65_HS1-834228961_62-HQ-83894_Section_5
Agency: FBI
Page 98
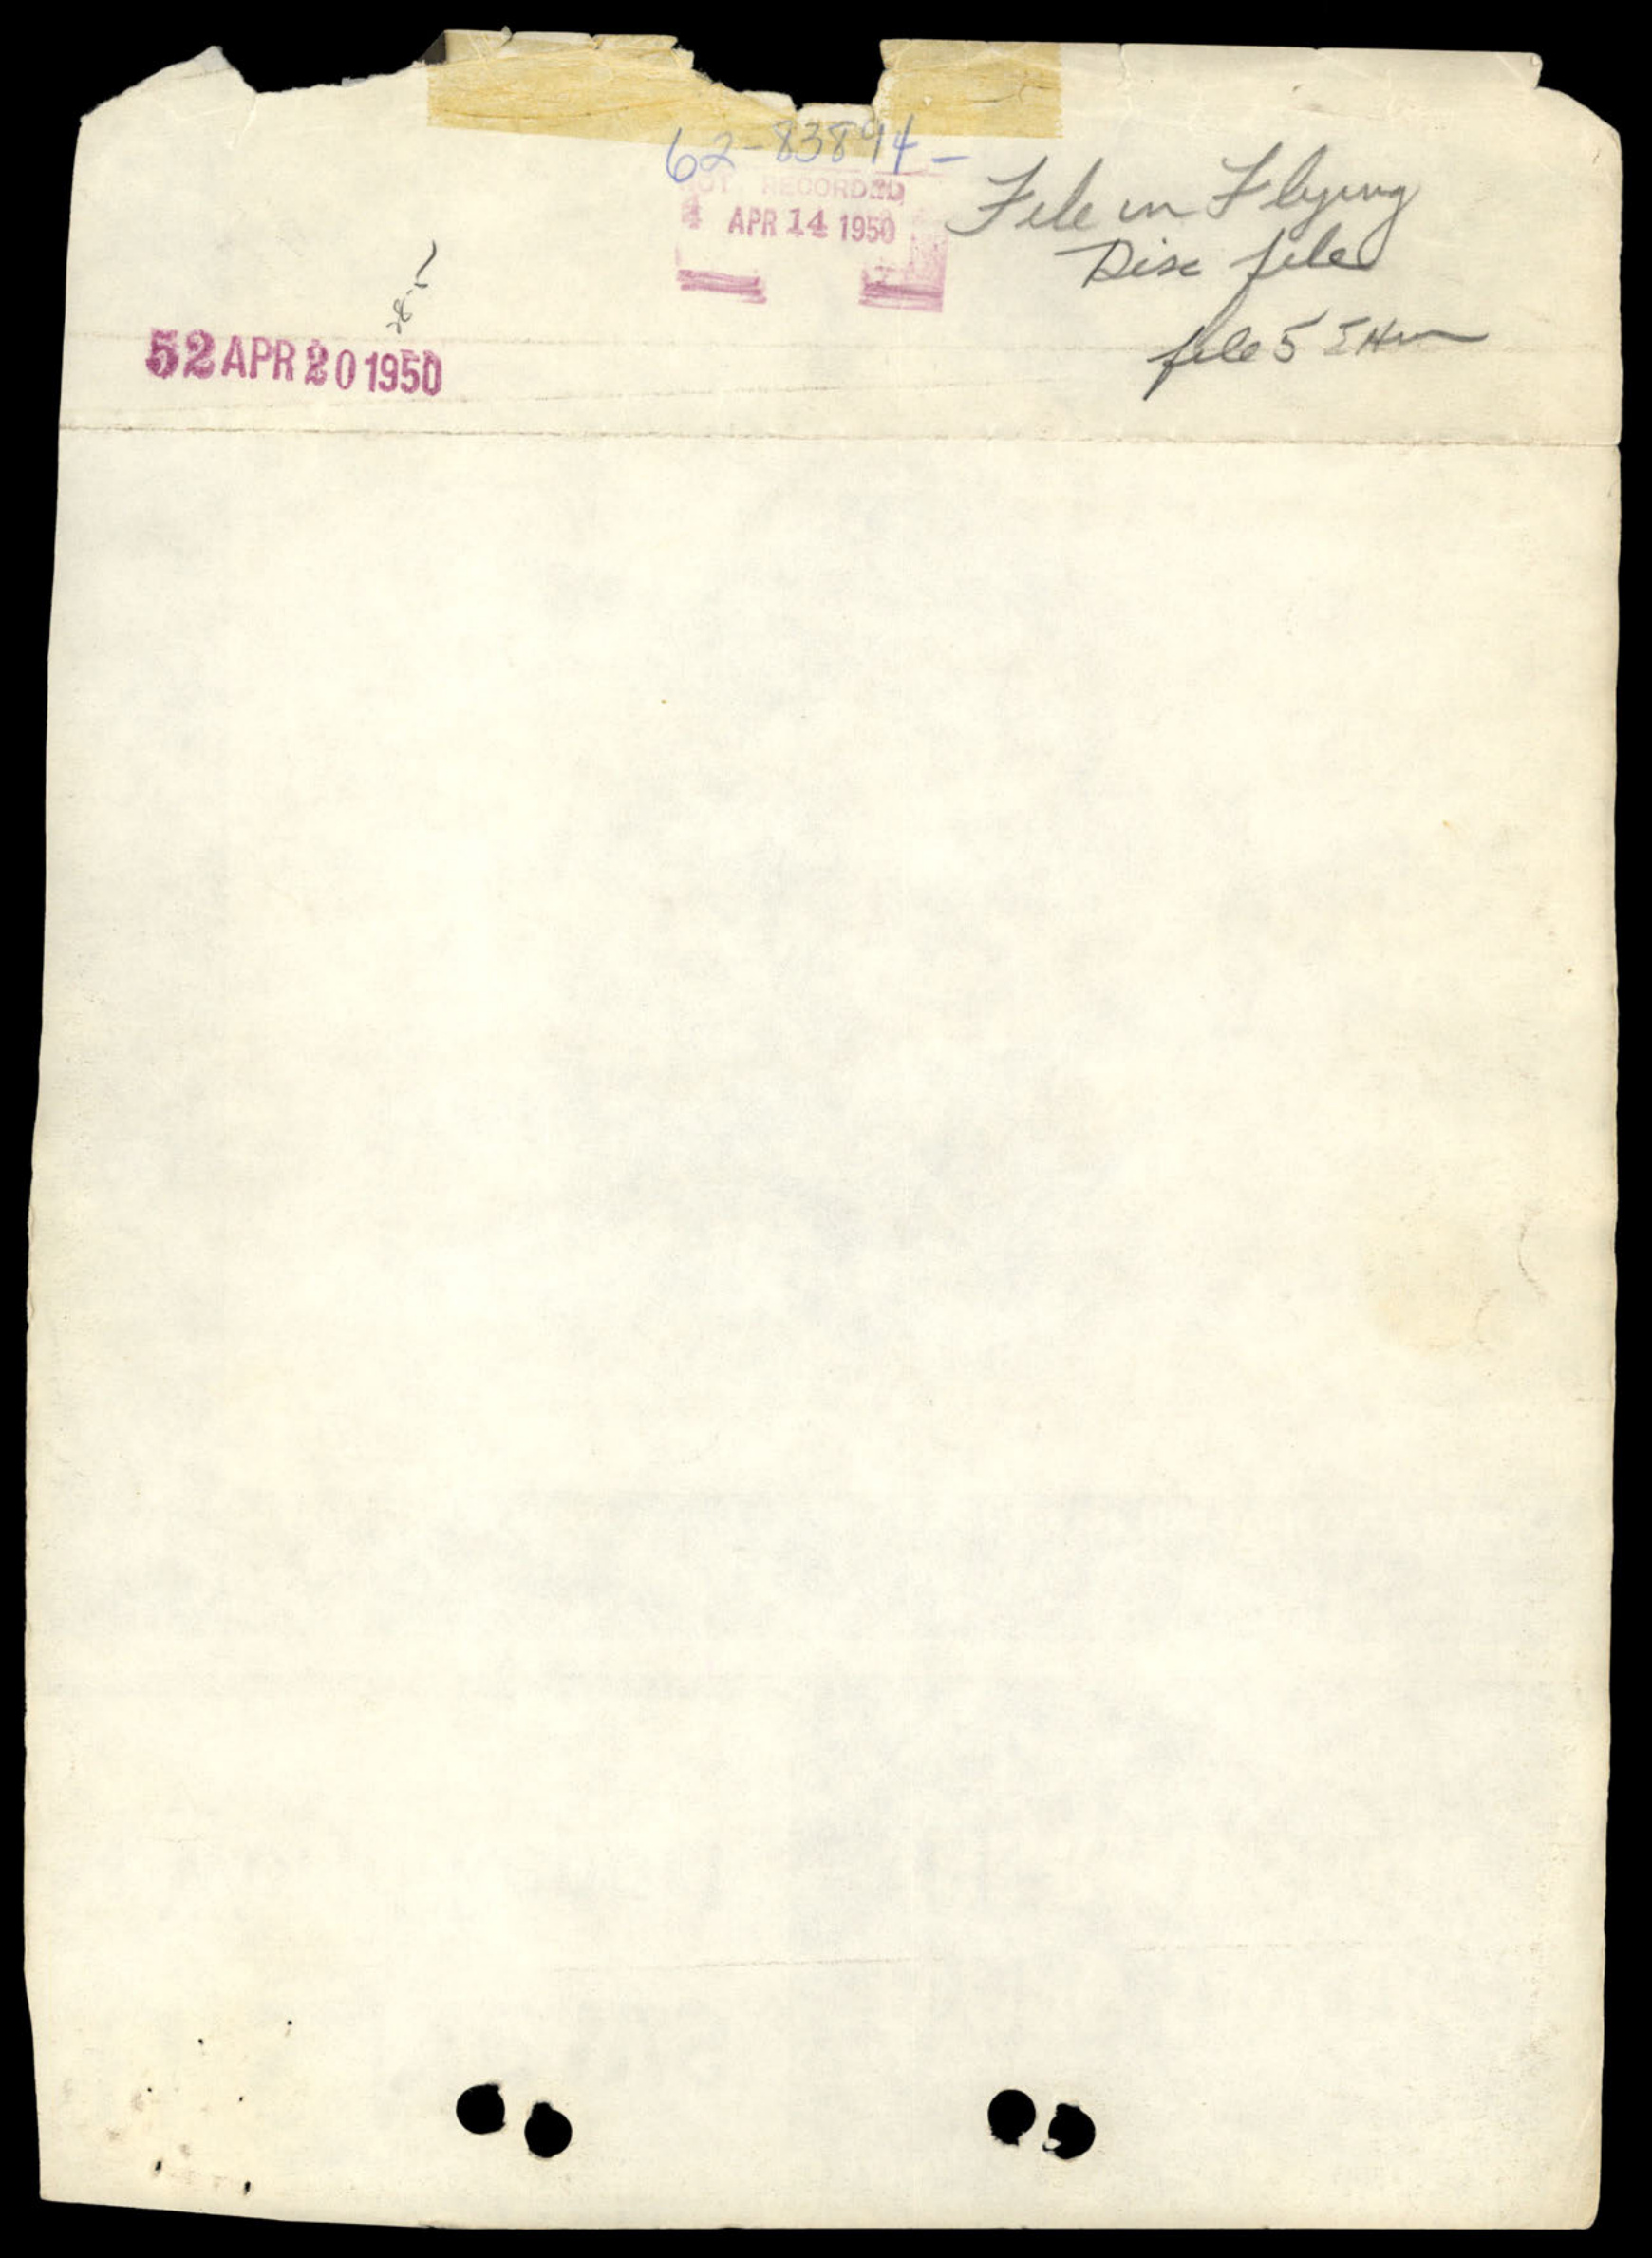